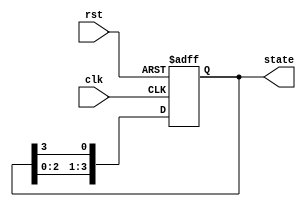
module ring_counter #(
    parameter N = 4  // Number of bits in the ring counter
)(
    input wire clk,   // Clock input
    input wire rst,   // Asynchronous reset input
    output reg [N-1:0] state // Current state output
);

// Sequential logic for the ring counter
always @(posedge clk or posedge rst) begin
    if (rst) begin
        // Reset state to the first state (000...0001)
        state <= 1'b1; // Set the first flip-flop to '1'
    end else begin
        // Shift the '1' to the next flip-flop
        state <= {state[N-2:0], state[N-1]}; // Shift left and wrap around
    end
end

endmodule